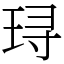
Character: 𬍤